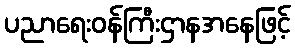
ပညာရေးဝန်ကြီးဌာနအနေဖြင့်